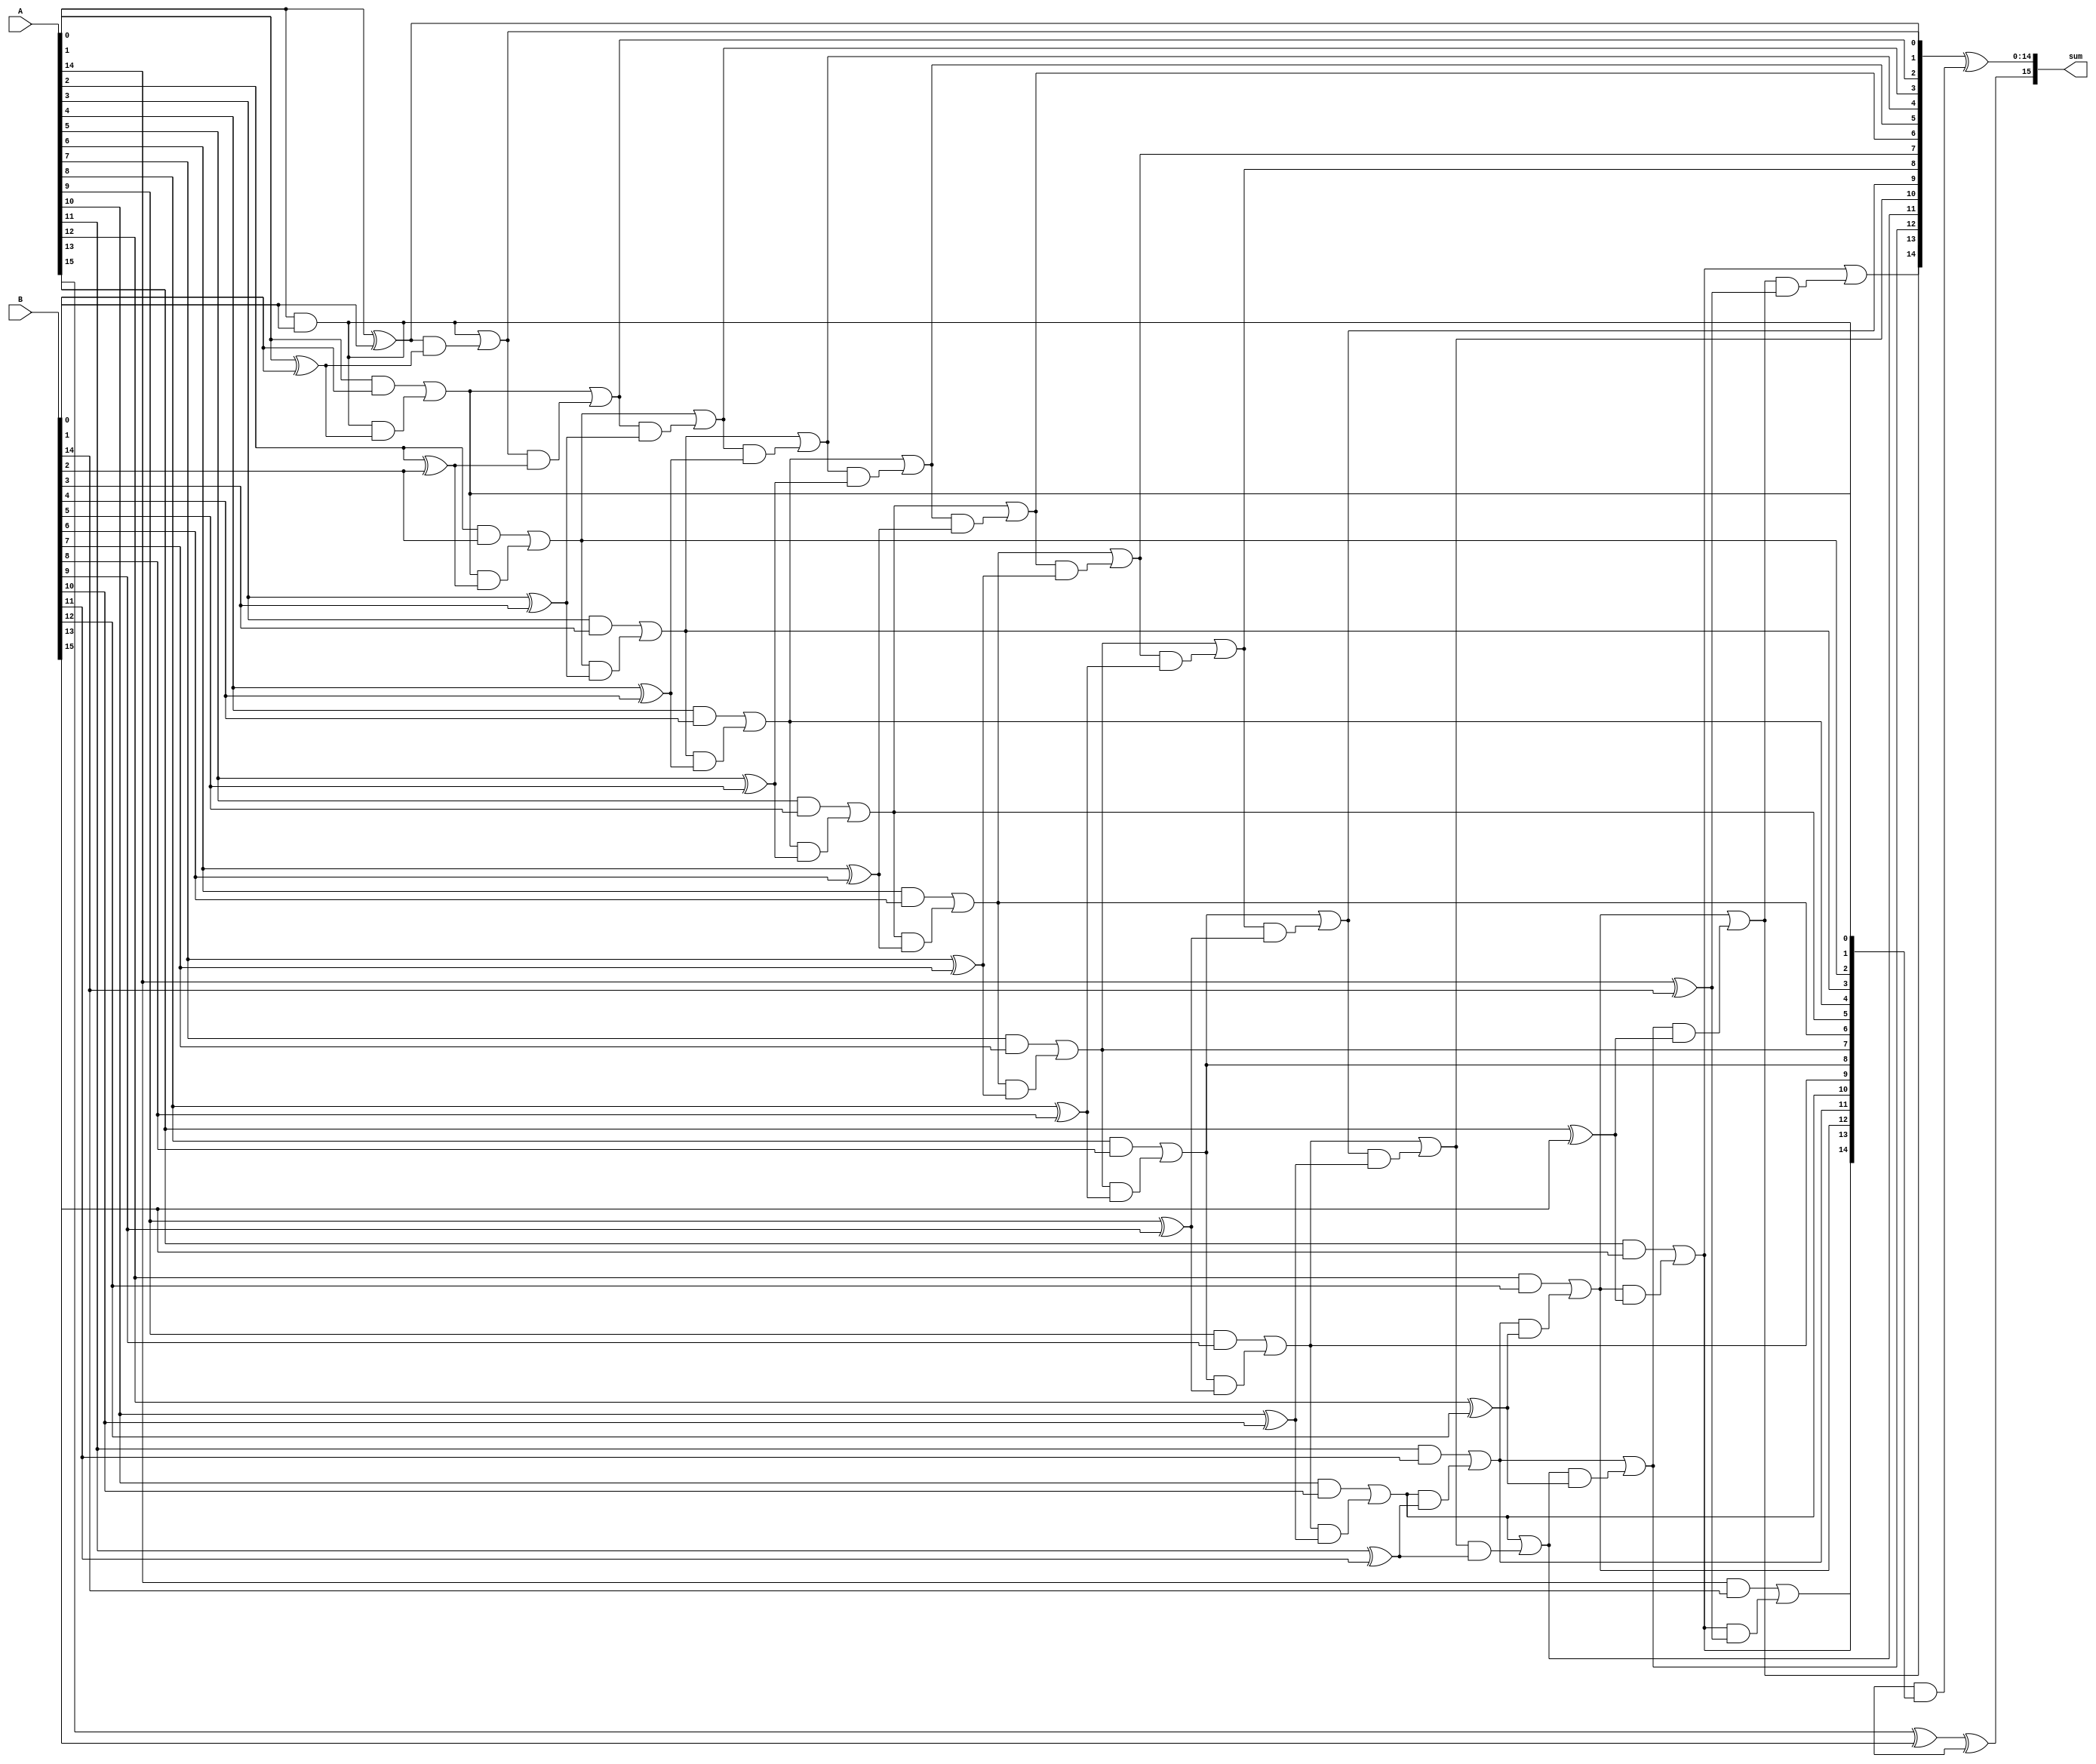
module Brent_Kung_Adder (
    input wire [15:0] A,
    input wire [15:0] B,
    output wire [15:0] sum
);

reg [15:0] P, G;
reg [15:0] C;

genvar i;

generate
    // First stage: generate P and G values
    assign P[0] = A[0] ^ B[0];
    assign G[0] = A[0] & B[0];
    
    // Middle stages: generate P and G values and propagate carry
    for (i = 1; i < 16; i = i + 1) begin : middle_stage
        assign P[i] = G[i-1] | (P[i-1] & (A[i] ^ B[i]));
        assign G[i] = (A[i] & B[i]) | (G[i-1] & (A[i] ^ B[i]));
    end
    
    // Final stage: generate sum using P and G values
    assign sum[15] = A[15] ^ B[15] ^ C[14];
    assign sum[14:0] = P[14:0] ^ (C[14] & G[14:0]);
endgenerate

endmodule